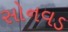
સોનવડ